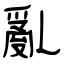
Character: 亂